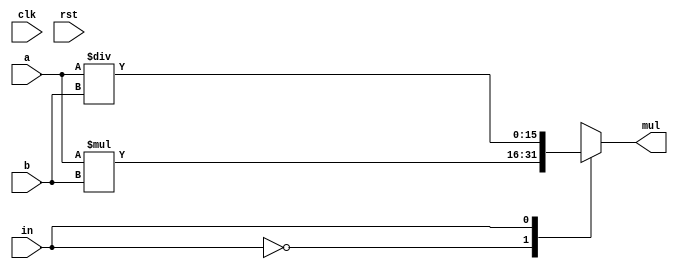
/*
   This file was generated automatically by the Mojo IDE version B1.3.6.
   Do not edit this file directly. Instead edit the original Lucid source.
   This is a temporary file and any changes made to it will be destroyed.
*/

module multiply_4 (
    input clk,
    input rst,
    input [7:0] a,
    input [7:0] b,
    input [0:0] in,
    output reg [15:0] mul
  );
  
  
  
  always @* begin
    
    case (in[0+0-:1])
      1'h0: begin
        mul = a * b;
      end
      1'h1: begin
        mul = a / b;
      end
      default: begin
        mul = a * b;
      end
    endcase
  end
endmodule